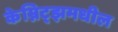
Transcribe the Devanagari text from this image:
केम्निट्झमधील